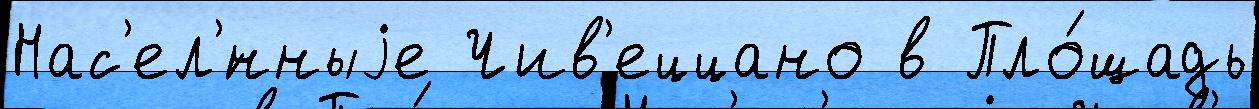
Нас'ел'́нныjе Чив'еццано в Пло́щадь